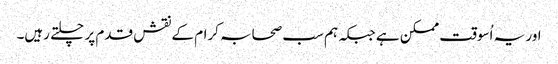
اور یہ اُسوقت ممکن ہے جبکہ ہم سب صحابہ کرام کے نقش قدم پر چلتے رہیں۔